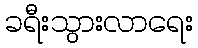
ခရီးသွားလာရေး